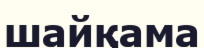
шайқама